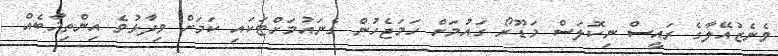
ވެނެޒުއޭލާގެ ރައީސް ނިކޮލަސް މަޑޫރޯ ގައުމަށް ހަމަޖެހުން ގެނައުމަށްޓަކައި ކަމަށް ވިދާޅުވެ އިންތިޚާބެއް